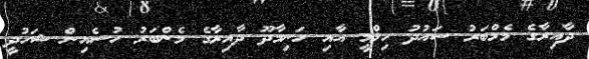
ދާއިރާގެ މެމްބަރު ސައުދު ހިލްމީ އާއި ހަނިމާދޫ ދާއިރާގެ މެންބަރު ހުސެއިން ޝަހުދީ